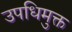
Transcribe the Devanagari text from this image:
उपधिमुक्त